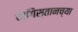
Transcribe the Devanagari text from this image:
दागिस्तानच्या